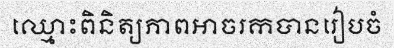
ឈ្មោះពិនិត្យភាពអាចរកបានរៀបចំ